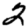
Digit: 2